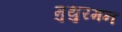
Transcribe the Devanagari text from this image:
मुथुरमन